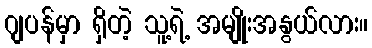
ဂျပန်မှာ ရှိတဲ့ သူ့ရဲ့ အမျိုးအနွယ်လား။